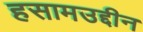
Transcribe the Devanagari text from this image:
हसामउद्दीन